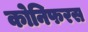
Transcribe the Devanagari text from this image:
कोनिफरस